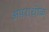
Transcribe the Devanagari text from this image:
अपराधीक